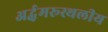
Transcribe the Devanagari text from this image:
अर्द्धमरूस्थलीय